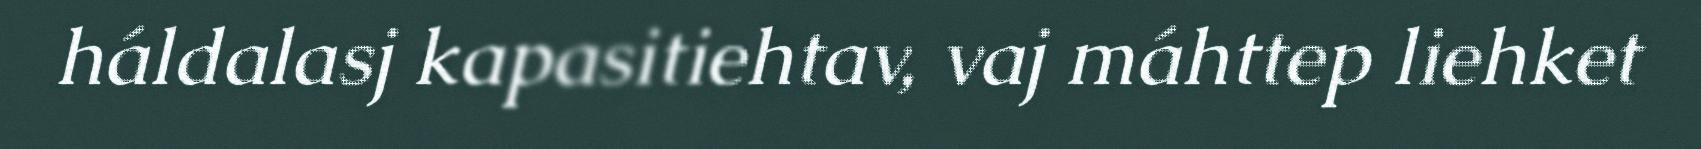
háldalasj kapasitiehtav, vaj máhttep liehket